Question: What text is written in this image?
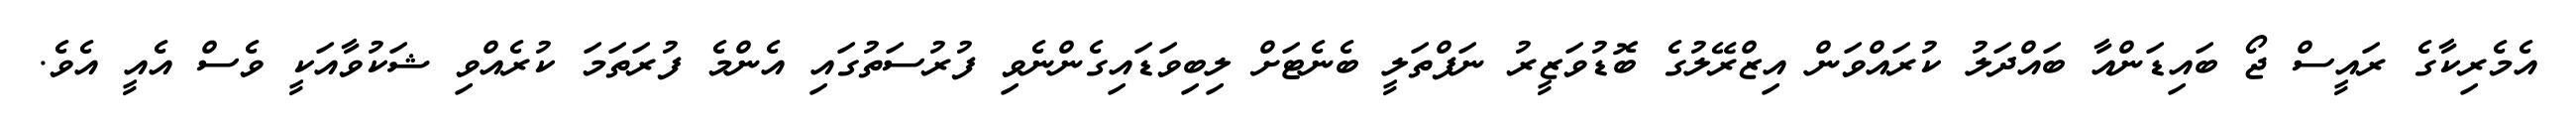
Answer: އެމެރިކާގެ ރައީސް ޖޯ ބައިޑަންއާ ބައްދަލު ކުރައްވަން އިޒްރޭލުގެ ބޮޑުވަޒީރު ނަފްތަލީ ބެނެޓަށް ލިބިވަޑައިގެންނެވި ފުރުސަތުގައި އެންމެ ފުރަތަމަ ކުރެއްވި ޝަކުވާއަކީ ވެސް އެއީ އެވެ.